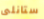
ستانلى